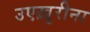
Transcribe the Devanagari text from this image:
उएख़ुरीना